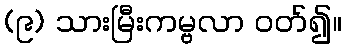
(၉) သားမြီးကမ္ဗလာ ဝတ်၍။